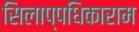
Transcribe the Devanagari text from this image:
सिलाप्पधिकाराम